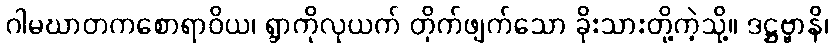
ဂါမဃာတကစောရာဝိယ၊ ရွာကိုလုယက် တိုက်ဖျက်သော ခိုးသားတို့ကဲ့သို့။ ဒဋ္ဌဗ္ဗာနိ၊